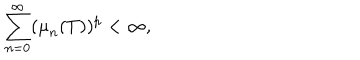
\sum _ { n = 0 } ^ { \infty } ( { \mu } _ { n } ( T ) ) ^ { p } < { \infty } ,